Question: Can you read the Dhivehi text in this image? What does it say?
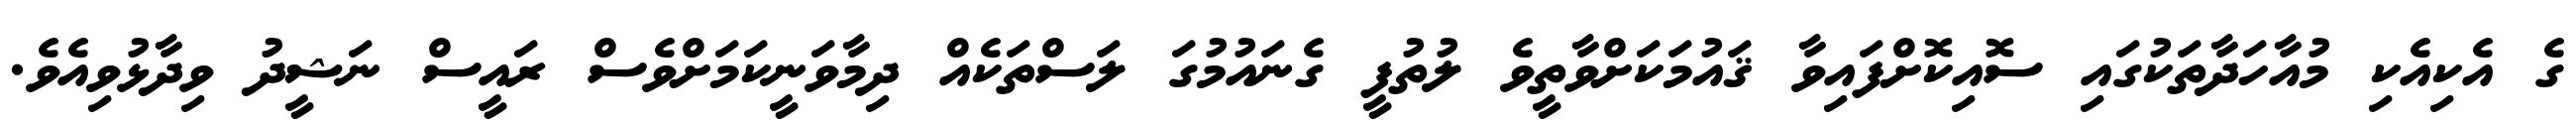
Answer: ގެ އެކިއެކި މުއާހަދާތަކުގައި ސޮއިކޮށްފައިވާ ޤައުމަކަށްވާތީވެ ލުތުފީ ގެނައުމުގަ ލަސްތަކެއް ދިމާވަނީކަމަށްވެސް ރައީސް ނަޝީދު ވިދާޅުވިއެވެ.